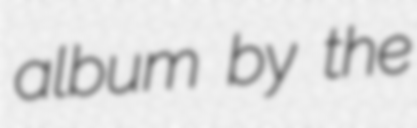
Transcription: album by the